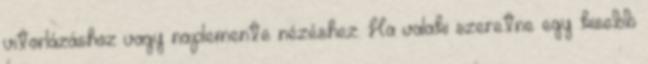
vitorlázáshoz vagy naplemente nézéshez. Ha valaki szeretne egy kisebb